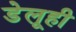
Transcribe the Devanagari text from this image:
डेलूही